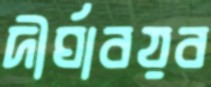
দীর্ঘাবয়ব